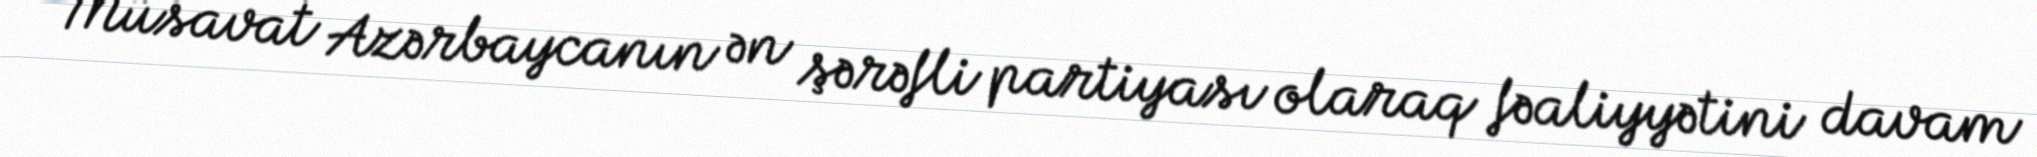
Müsavat Azərbaycanın ən şərəfli partiyası olaraq fəaliyyətini davam